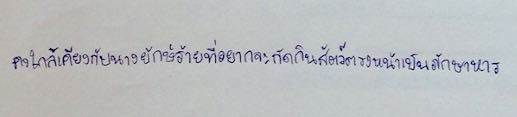
คงใกล้เคียงกับนางยักษ์ร้ายที่อยากจะกัดกินสัตว์ตรงหน้าเป็นภักษาหาร